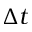
\Delta t